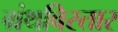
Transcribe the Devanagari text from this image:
ग्रंथविस्तार